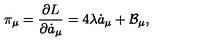
\pi _ { \mu } = \frac { \partial L } { \partial \dot { a } _ { \mu } } = 4 \lambda \dot { a } _ { \mu } + \mathcal { B } _ { \mu } ,